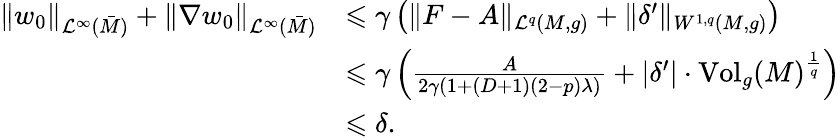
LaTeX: \begin{array}{rl}{\lVert w_{0}\rVert_{\mathcal L^{\infty}(\bar{M})}+\lVert\nabla w_{0}\rVert_{\mathcal L^{\infty}(\bar{M})}}&{\leqslant\gamma\left(\lVert F-A\rVert_{\mathcal L^{q}(M,g)}+\lVert\delta^{\prime}\rVert_{W^{1,q}(M,g)}\right)}\\ &{\leqslant\gamma\left(\frac{A}{2\gamma\left(1+(D+1)(2-p)\lambda\right)}+\lvert\delta^{\prime}\rvert\cdot\mathrm{Vol}_{g}(M)^{\frac{1}{q}}\right)}\\ &{\leqslant\delta.}\end{array}